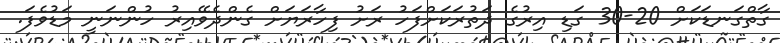
ގާތްގަނޑަކަށް 20-30 ގަޑި އިރުގެ ދަތުރަކަށްފަހު ރަށު ފިހާރަޔަށް ގެންދެވޭއިރު ހުންނަނީ މަޑުވެފަ.